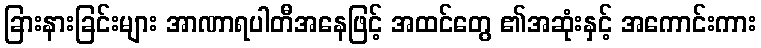
ခြားနားခြင်းများ အာဏာရပါတီအနေဖြင့် အထင်တွေ ၏အဆုံးနှင့် အကောင်းကား